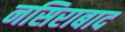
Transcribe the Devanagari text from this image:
नसिराबाद